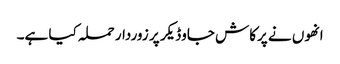
انھوں نے پرکاش جاوڈیکر پر زوردار حملہ کیا ہے۔